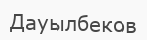
Дауылбеков